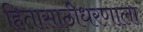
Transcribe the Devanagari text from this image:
हितासाठीधरणाला